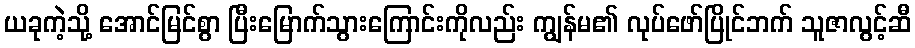
ယခုကဲ့သို့ အောင်မြင်စွာ ပြီးမြောက်သွားကြောင်းကိုလည်း ကျွန်မ၏ လုပ်ဖော်ပြိုင်ဘက် သူဇာလွင့်ဆီ